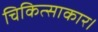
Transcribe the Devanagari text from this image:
चिकित्साकार।